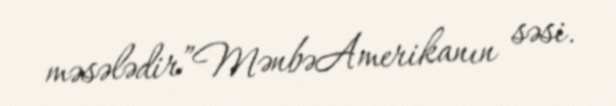
məsələdir”MənbəAmerikanın səsi.